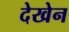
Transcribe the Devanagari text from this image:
देखेन